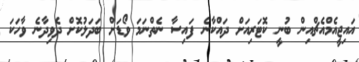
އައިޖީއެމްއެޗްއިން ބުނީ ކޮޓަރިއަށް ދައްކާނެ ފައިސާ ނެތްނަމަ ވޯޑަށް ބަދަލުކޮށް ދެވިދާނެ ވާހަކަ